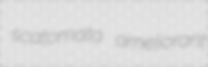
scatomata ameliorant